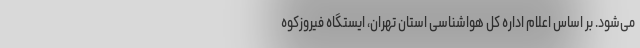
می‌شود. بر اساس اعلام اداره کل هواشناسی استان تهران، ایستگاه‌ فیروزکوه